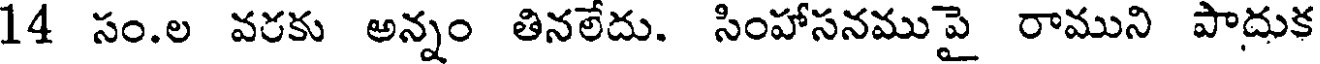
14 సం.ల వరకు అన్నం తినలేదు. సింహాసనముపై రాముని పాదుక